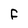
Character: F